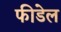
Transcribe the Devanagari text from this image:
फीडेल